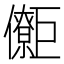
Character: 𱜜